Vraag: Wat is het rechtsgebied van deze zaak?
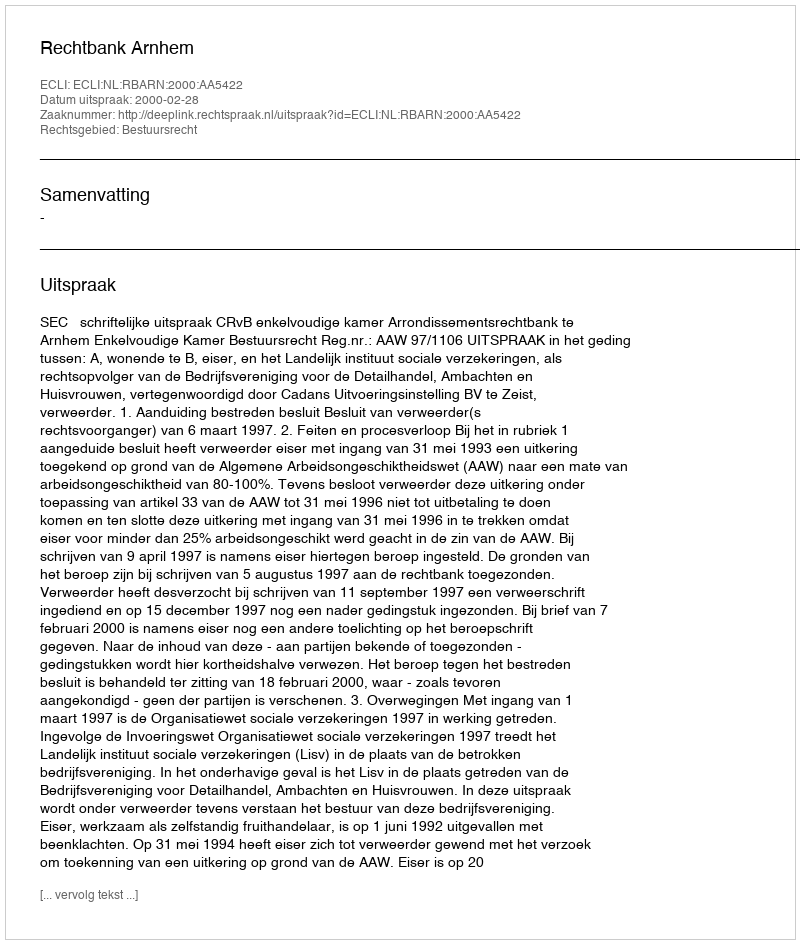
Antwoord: Bestuursrecht